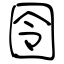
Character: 囹